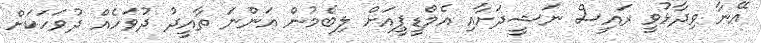
އޭނާ ވިދާޅުވީ ރައީސް ނަޝީދަށާއި އެމްޑީޕީއަށް ލިބެމުން އަންނަ ތާއީދު ދުވަހެއް ދުވަހަކަށް